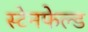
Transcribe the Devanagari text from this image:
स्टेनफेल्ड